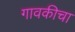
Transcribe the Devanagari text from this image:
गावकीचा